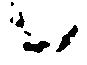
候